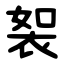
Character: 䘫